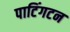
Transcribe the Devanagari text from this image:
पाटिंगटन